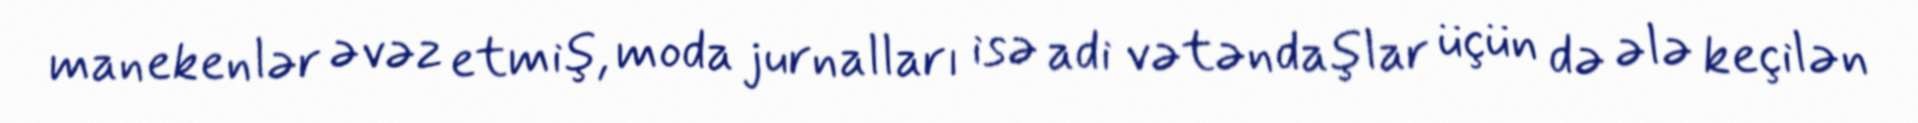
manekenlər əvəz etmiş, moda jurnalları isə adi vətəndaşlar üçün də ələ keçilən